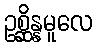
ဥစ္ဆိန္နမူလေ